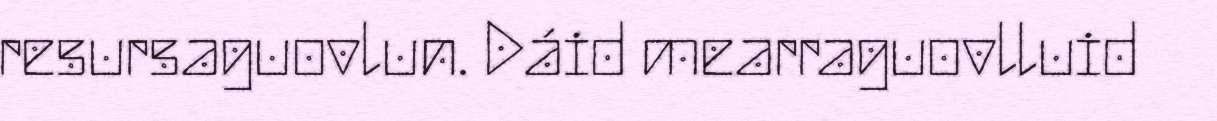
resursaguovlun. Dáid mearraguovlluid